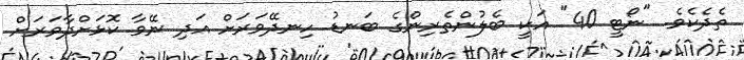
ތެދެކެވެ. "ނޯޓީ 40" އަކީ ބެލުންތެރިންގެ ބަނޑު ހިނދޭވަރަށް އަދި ނޭވާ ކޮޅަށްދާވަރަށް